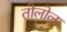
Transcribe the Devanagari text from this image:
तोलोल